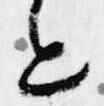
と